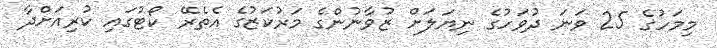
މިމަހުގެ 25 ވަނަ ދުވަހުގެ ނިޔަލަށް ޒުވާނުންގެ މަރުކަޒުގެ އެތެރޭ ކޯޓުގައި ކުރިއަށްދާ